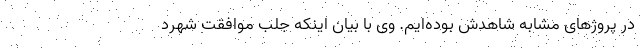
در پروژهای مشابه شاهدش بوده‌ایم. وی با بیان اینکه جلب موافقت شهرد